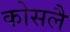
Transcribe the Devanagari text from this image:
कोसलै